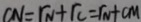
C N = r _ { N } + r c = r N + C M